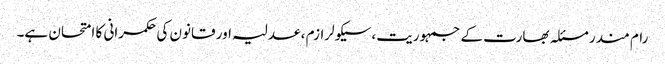
رام مندر مسئلہ بھارت کے جمہوریت،سیکولرازم ، عدلیہ اور قانون کی حکمرانی کا امتحان ہے۔